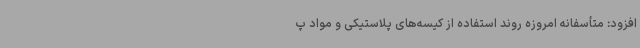
افزود: متأسفانه امروزه روند استفاده از کیسه‌های پلاستیکی و مواد پ